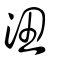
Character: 沑